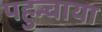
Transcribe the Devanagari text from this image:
पहुन्चाया